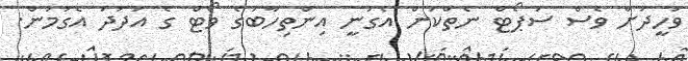
ވަހީދަށް ވެސް ސަޕޯޓް ނެތްކަން އެގުނީ އިންތިހާބުގެ ވޯޓް ގެ އަދަދު އެގުމުން.